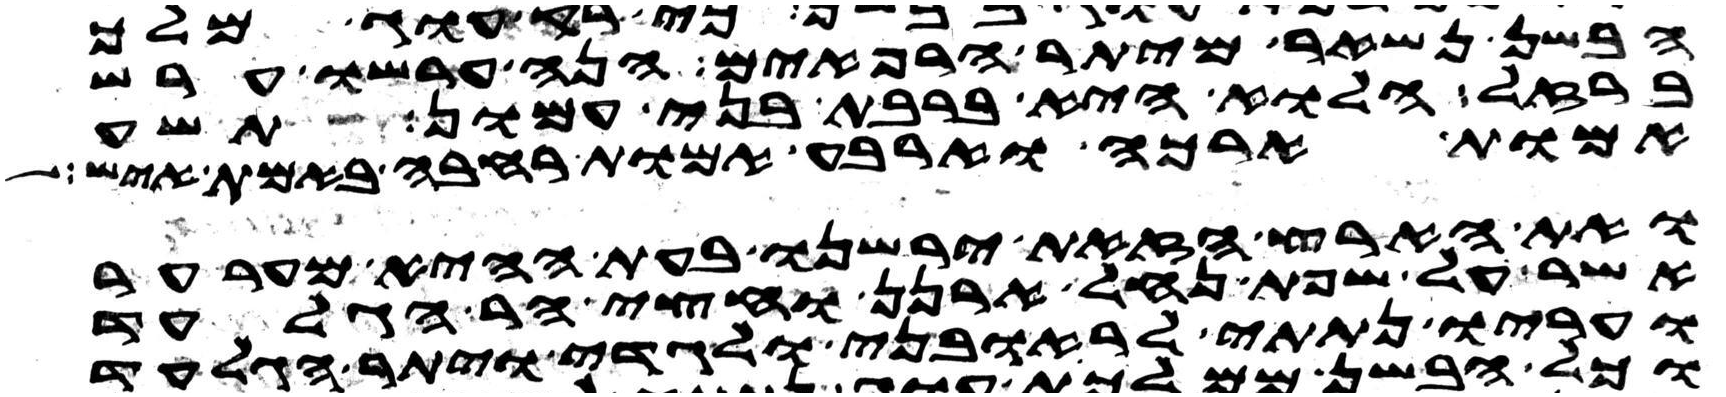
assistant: הבשן נשאר מיתר הרפאים הנה ערשו ערש
ברזל הלוא היא ברבת בני עמון תשע
אמות ארכה וארבע אמות רחבה באמת איש
ואת הארץ הזאת ירשנו בעת ההיא מערער
אשר על שפת נחל ארנן וחצי הר הגלעד
ועריו נתתי לראובני ולגדי ויתר הגלעד